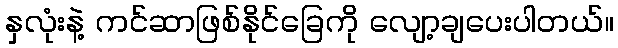
နှလုံးနဲ့ ကင်ဆာဖြစ်နိုင်ခြေကို လျော့ချပေးပါတယ်။